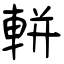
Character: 軿